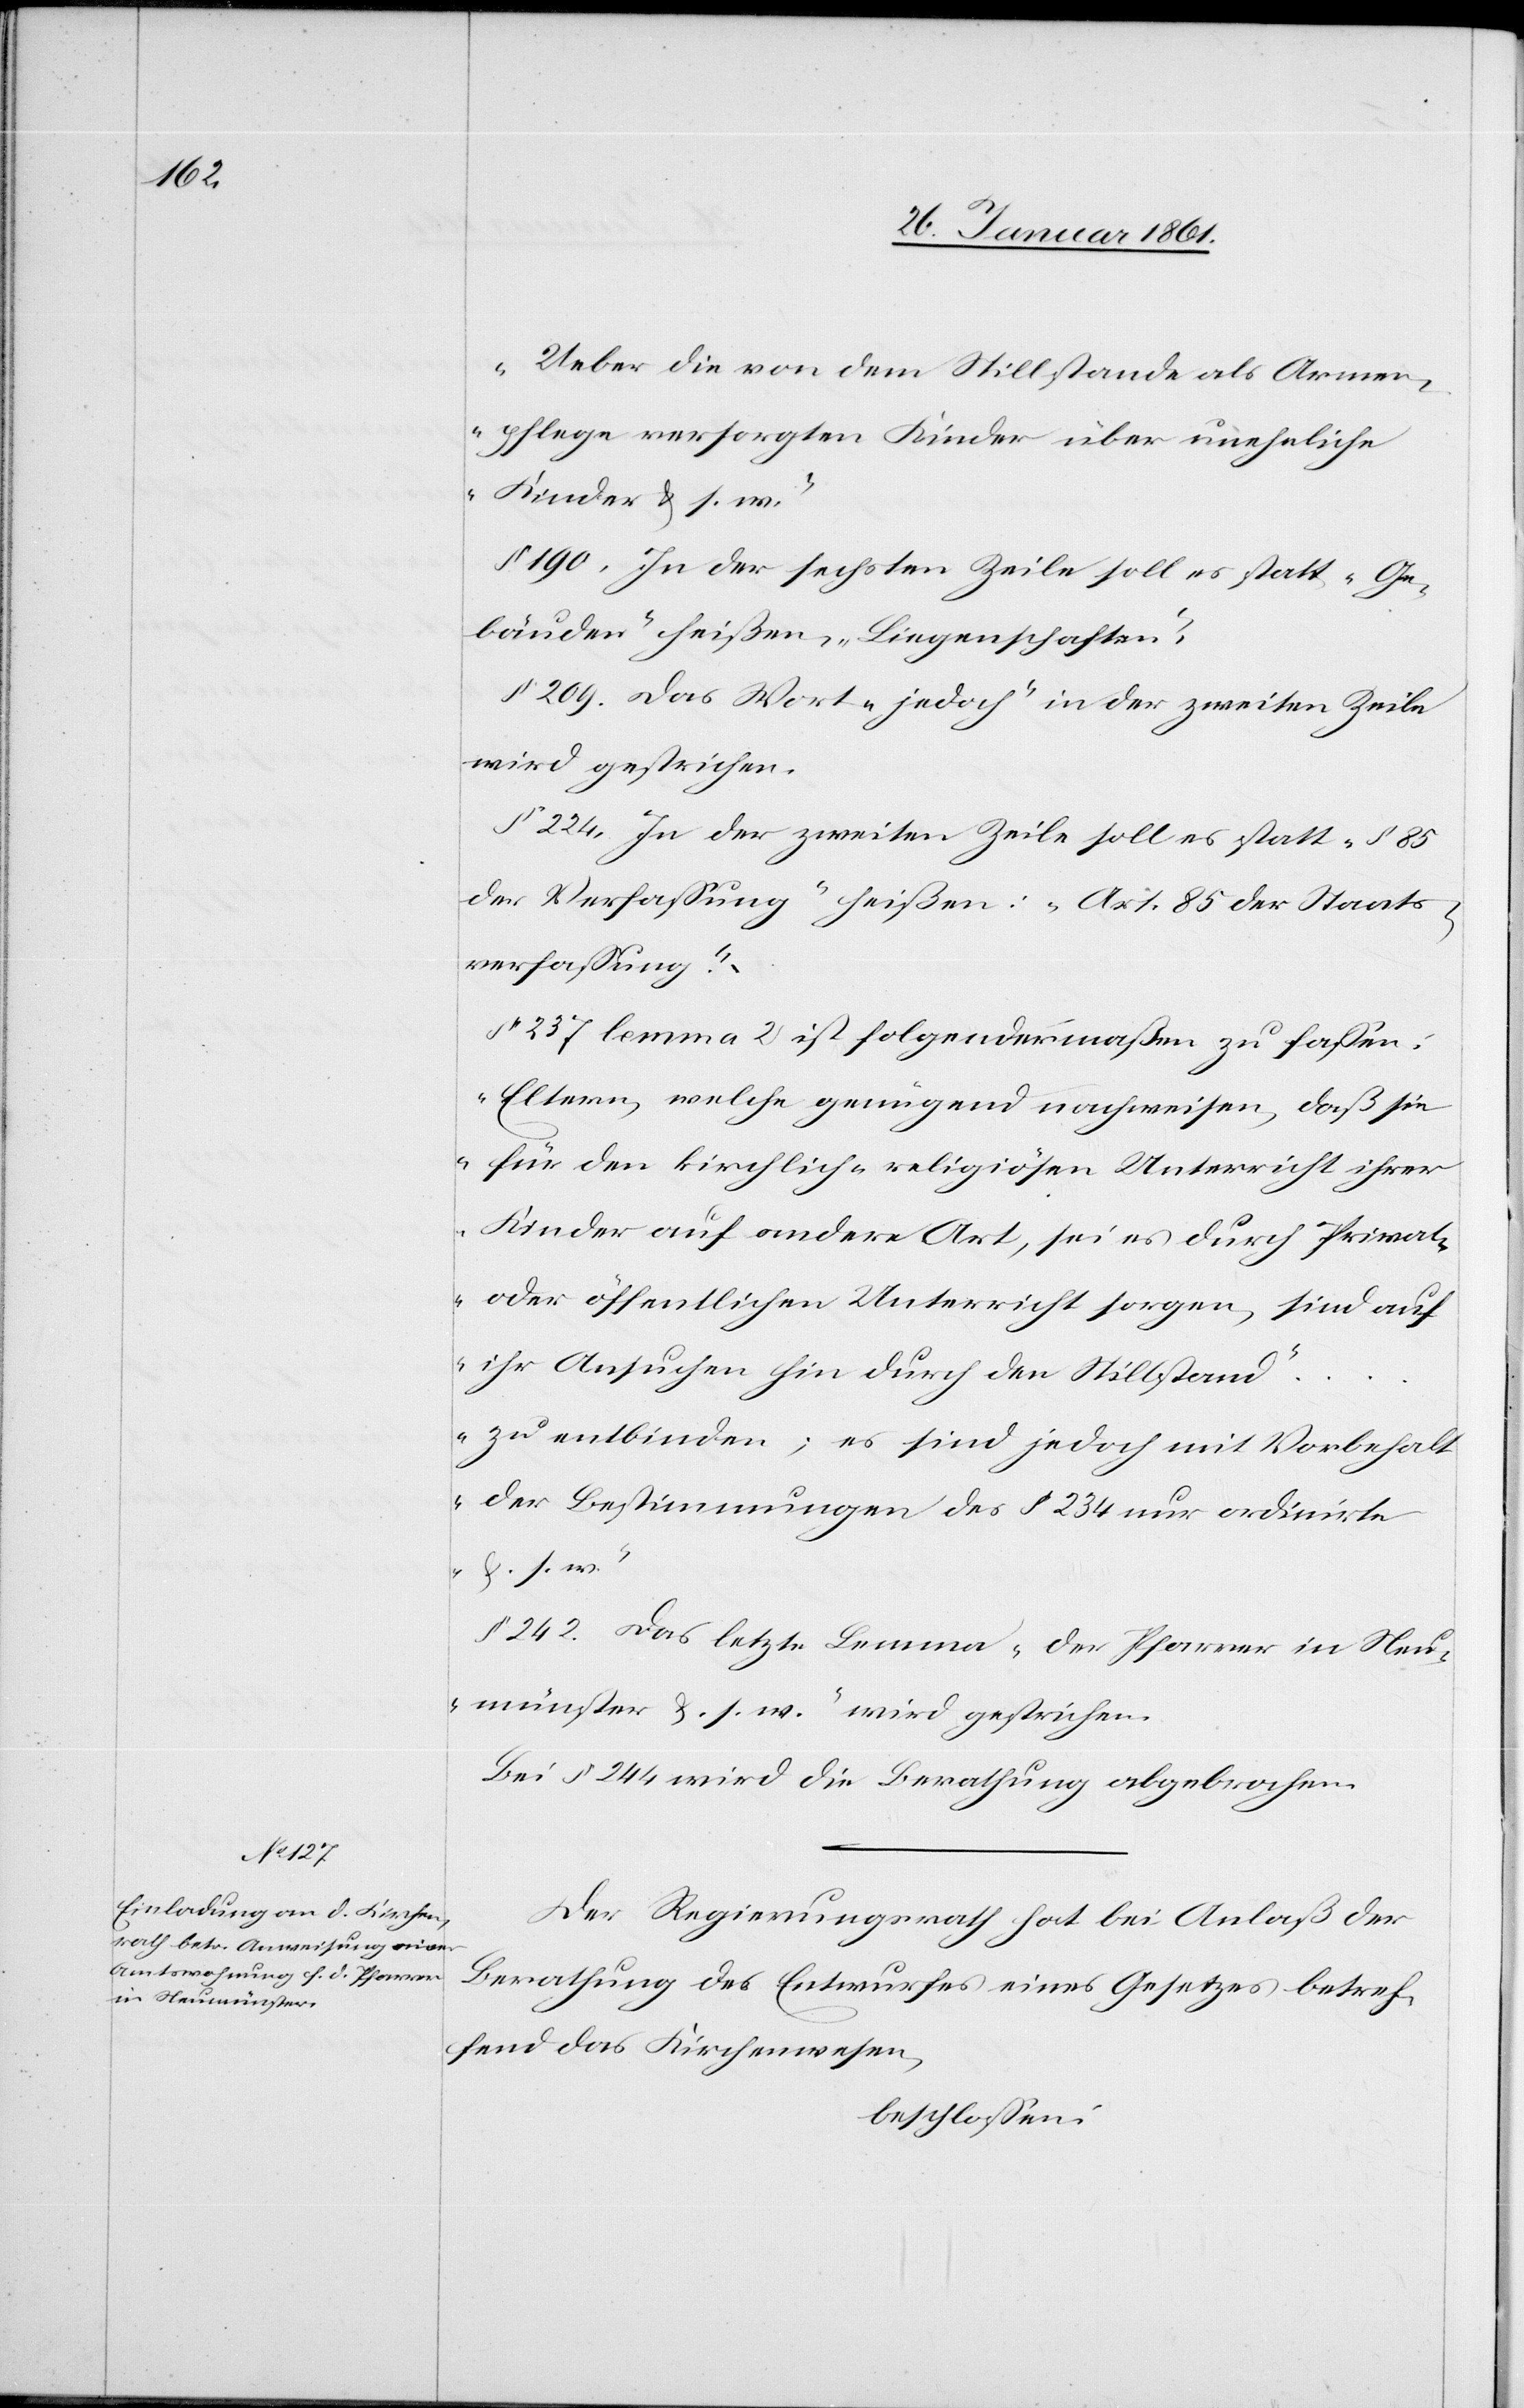
„Ueber die von dem Stillstande als Armen¬
pflege versorgten Kinder über uneheliche
Kinder u. s. w.“
§. 190. In der sechsten Zeile soll es statt „Ge¬
bäuden“ heißen „Liegenschaften.“
§. 209. Das Wort „jedoch“ in der zweiten Zeile
wird gestrichen.
§. 224. In der zweiten Zeile soll es statt „§. 85
der Verfassung“ heißen: „Art 85 der Staats¬
verfassung.“
§. 237 lemma 2 ist folgendermaßen zu fassen.
„Eltern, welche genügend nachweisen, daß sie
für den kirchlich-religiösen Unterricht ihrer
Kinder auf andere Art, sei es durch Privat-
oder öffentlichen Unterricht sorgen, sind auf
ihr Ansuchen hin durch den Stillstand“
… „zu entbinden; es sind jedoch mit Vorbehalt
der Bestimmungen des §. 234 nur ordinirte
u. s. w.“
§. 242. Das letzte Lemma „der Pfarrer in Neu¬
münster u. s. w.“ wird gestrichen.
Bei §. 244 wird die Berathung abgebrochen.
Der Regierungsrath hat bei Anlaß der
Berathung des Entwurfes eines Gesetzes betref¬
fend das Kirchenwesen,
beschlossen: